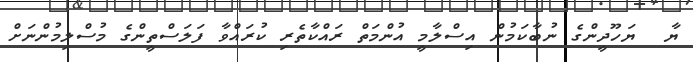
ޔާ  ޔަހޫދީންގެ ނުބާކަމުން އިސްލާމީ އުންމަތް ރައްކާތެރި ކުރައްވާ ފަލަސްތީންގެ މުސްލިމުންނަށް